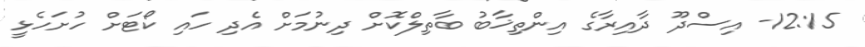
12:15- އިސްދޫ ދާއިރާގެ އިންތިޚާބު ބާތިލްކޮށް ދިނުމަށް އެދި ހައި ކޯޓަށް ހުށަހެޅީ